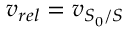
v _ { r e l } = v _ { S _ { 0 } / S }